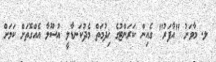
ލ. މާވަށު "އާފަރު" ގެއިން ކަރަންޓުގެ ޚިދުމަތް މެދުކަނޑާލީ އުސޫލާ އެއްގޮތަށް ކަމަށް